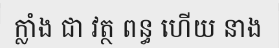
ក្លាំង ជា វត្ថ ពន្ធ ហើយ នាង